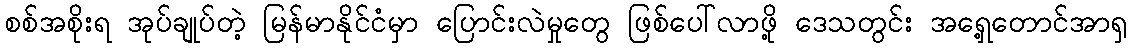
စစ်အစိုးရ အုပ်ချုပ်တဲ့ မြန်မာနိုင်ငံမှာ ပြောင်းလဲမှုတွေ ဖြစ်ပေါ်လာဖို့ ဒေသတွင်း အရှေ့တောင်အာရှ